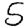
Digit: 5